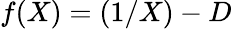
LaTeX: f(X)=(1/X)-D